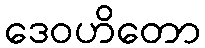
ဒေဝဟိတော